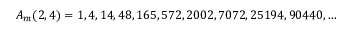
A _ { m } ( 2 , 4 ) = 1 , 4 , 1 4 , 4 8 , 1 6 5 , 5 7 2 , 2 0 0 2 , 7 0 7 2 , 2 5 1 9 4 , 9 0 4 4 0 , \ldots